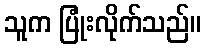
သူက ပြုံးလိုက်သည်။